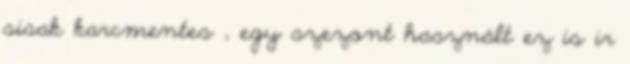
sisak karcmentes , egy szezont használt ez is ir